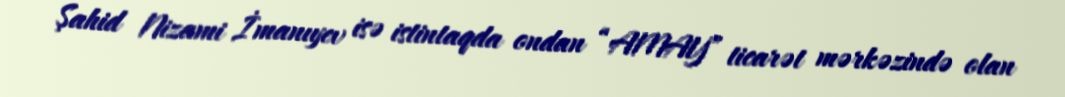
Şahid Nizami İmanıyev isə istintaqda ondan “AMAY” ticarət mərkəzində olan